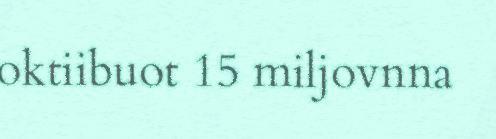
oktiibuot 15 miljovnna